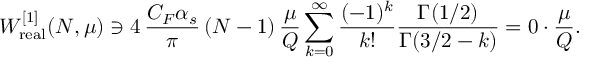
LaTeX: W _ { \mathrm { r e a l } } ^ { [ 1 ] } ( N , \mu ) \ni 4 \, \frac { C _ { F } \alpha _ { s } } { \pi } \, ( N - 1 ) \, \frac { \mu } { Q } \sum _ { k = 0 } ^ { \infty } \frac { ( - 1 ) ^ { k } } { k ! } \frac { \Gamma ( 1 / 2 ) } { \Gamma ( 3 / 2 - k ) } = 0 \cdot \frac { \mu } { Q } .